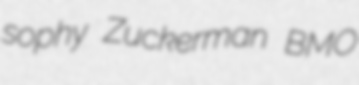
sophy Zuckerman BMO